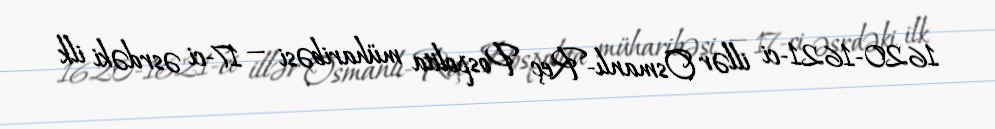
1620-1621-ci illər Osmanlı-Reç Pospolita müharibəsi — 17-ci əsrdəki ilk